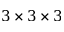
3 \times 3 \times 3